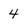
Character: 4